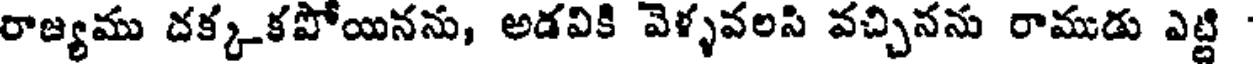
రాజ్యము దక్కకపోయినను, అడవికి వెళ్ళవలసి వచ్చినను రాముడు ఎట్టి